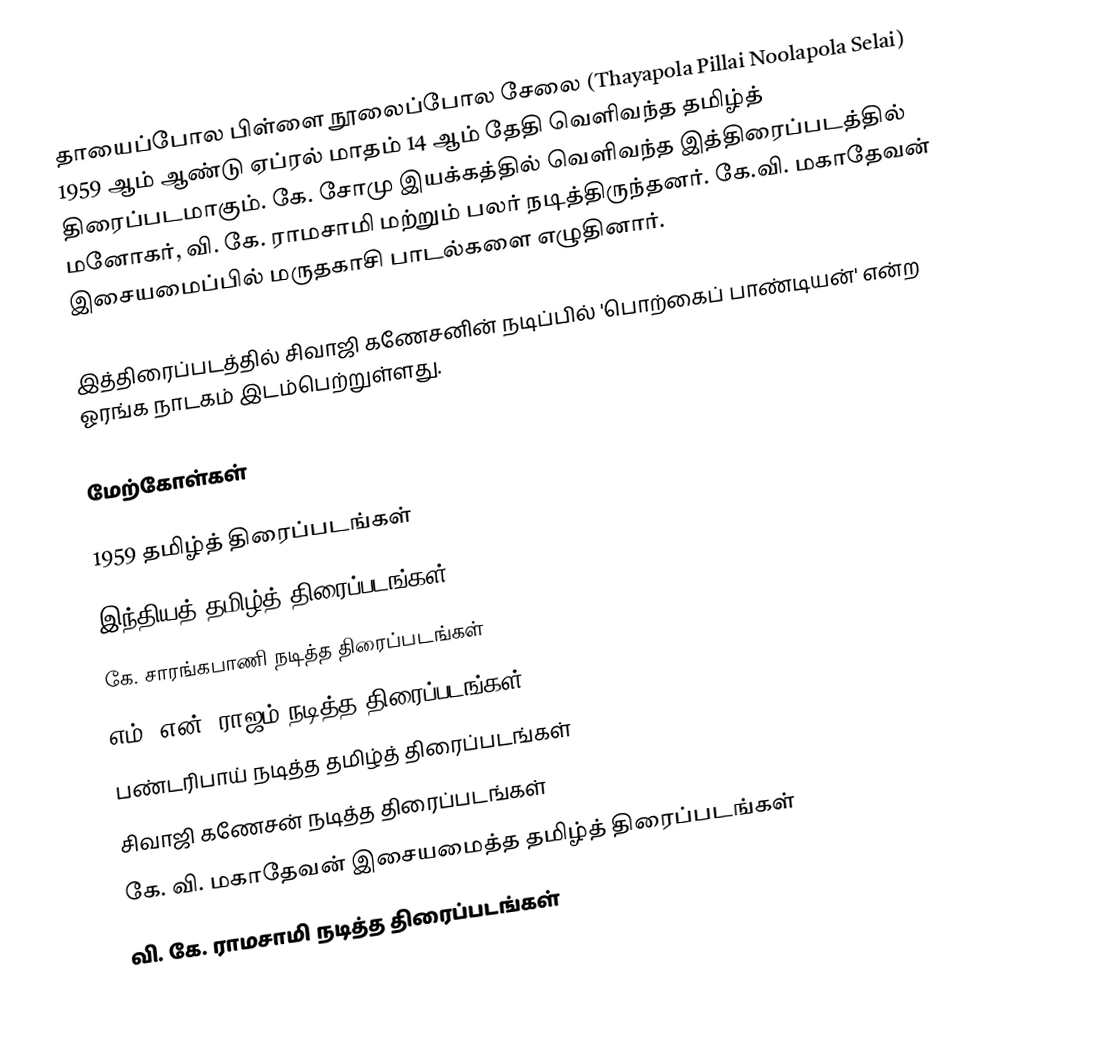
தாயைப்போல பிள்ளை நூலைப்போல சேலை (Thayapola Pillai Noolapola Selai) 1959 ஆம் ஆண்டு ஏப்ரல் மாதம் 14 ஆம் தேதி வெளிவந்த தமிழ்த் திரைப்படமாகும். கே. சோமு இயக்கத்தில் வெளிவந்த இத்திரைப்படத்தில் மனோகர், வி. கே. ராமசாமி மற்றும் பலர் நடித்திருந்தனர். கே.வி. மகாதேவன் இசையமைப்பில் மருதகாசி பாடல்களை எழுதினார்.

இத்திரைப்படத்தில் சிவாஜி கணேசனின் நடிப்பில் 'பொற்கைப் பாண்டியன்' என்ற ஓரங்க நாடகம் இடம்பெற்றுள்ளது.

மேற்கோள்கள்

1959 தமிழ்த் திரைப்படங்கள்
இந்தியத் தமிழ்த் திரைப்படங்கள்
கே. சாரங்கபாணி நடித்த திரைப்படங்கள்
எம். என். ராஜம் நடித்த திரைப்படங்கள்
பண்டரிபாய் நடித்த தமிழ்த் திரைப்படங்கள்
சிவாஜி கணேசன் நடித்த திரைப்படங்கள்
கே. வி. மகாதேவன் இசையமைத்த தமிழ்த் திரைப்படங்கள்
வி. கே. ராமசாமி நடித்த திரைப்படங்கள்